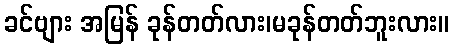
ခင်ဗျား အမြန် ခုန်တတ်လား၊မခုန်တတ်ဘူးလား။